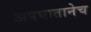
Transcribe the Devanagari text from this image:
अपघातानेच